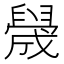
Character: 𬛻